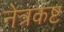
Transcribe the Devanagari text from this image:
नेत्रकष्ट